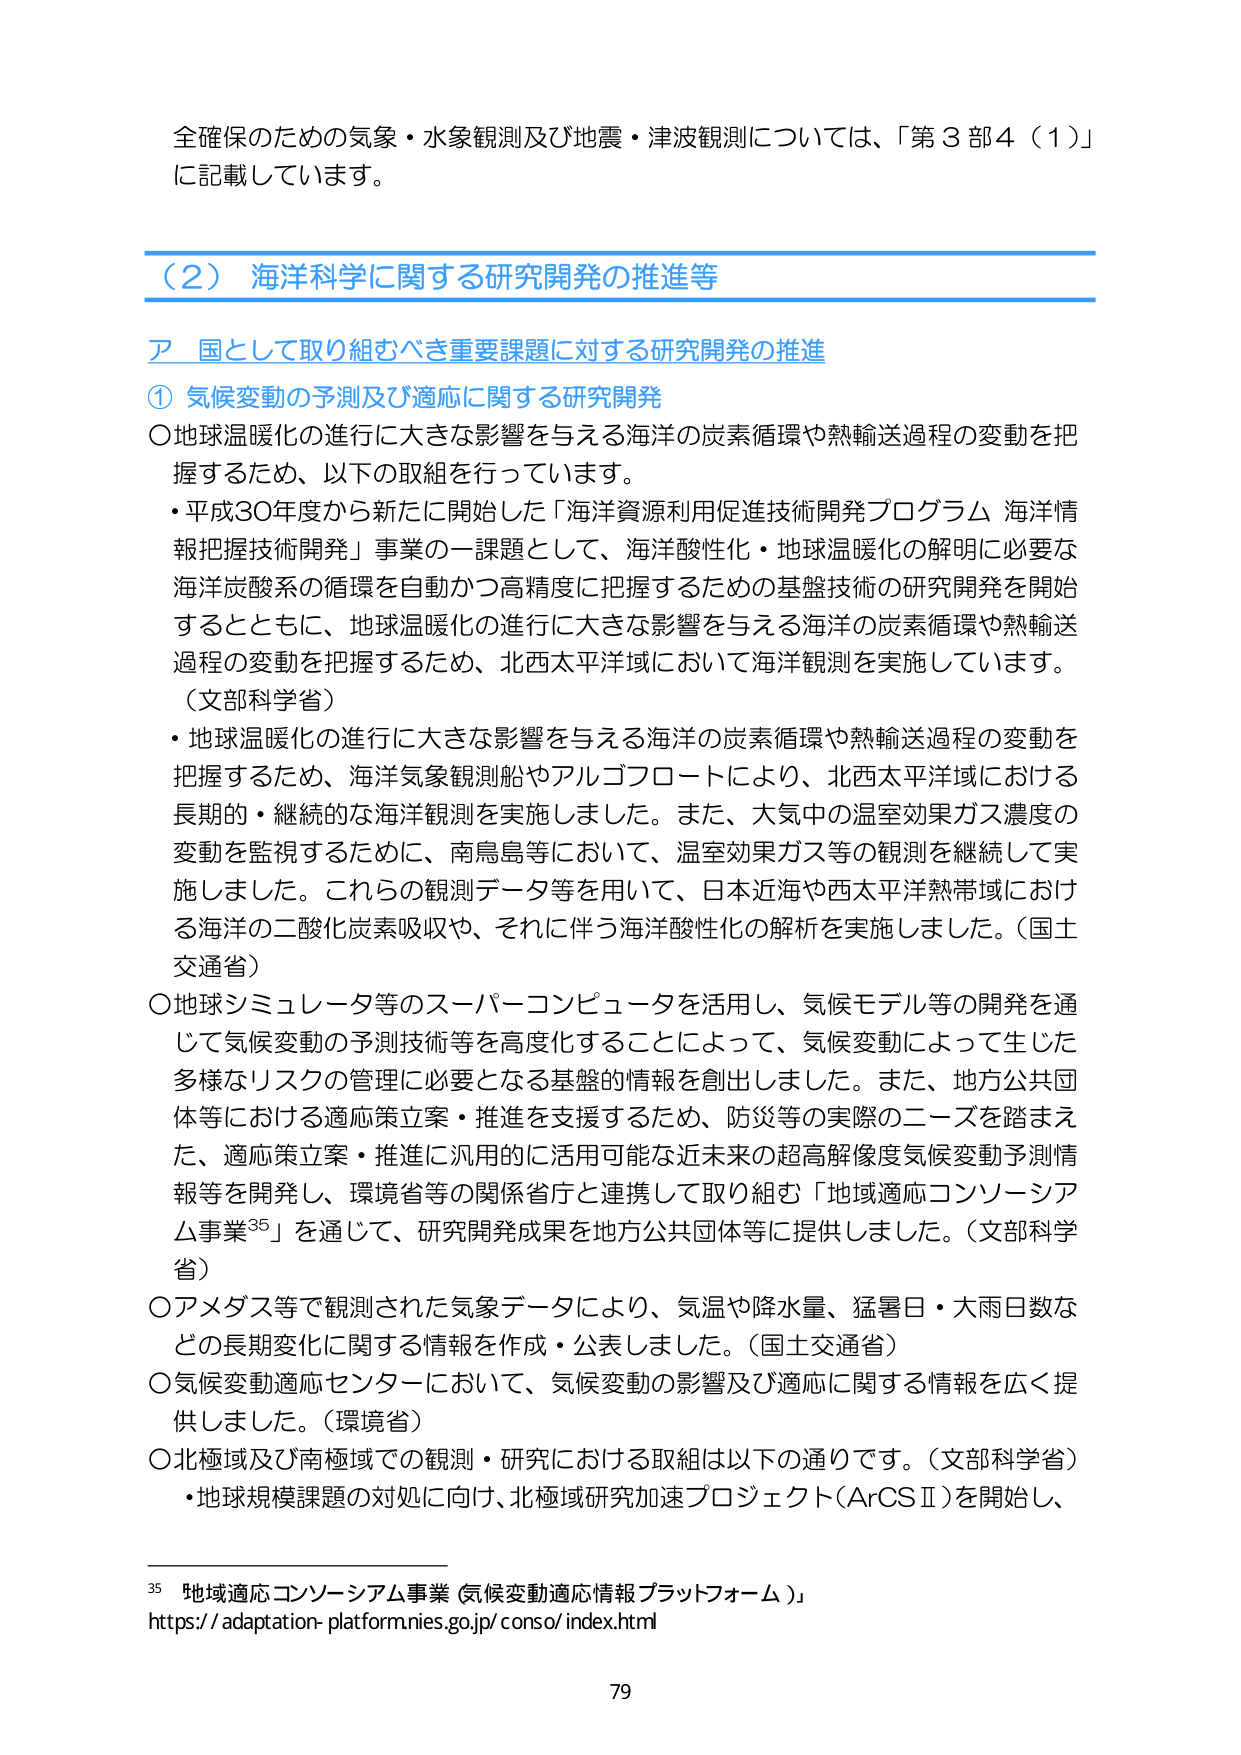
全確保のための気象・水象観測及び地震・津波観測については、「第３部４（１）」に記載しています。

（２）海洋科学に関する研究開発の推進等

ア 国として取り組むべき重要課題に対する研究開発の推進

① 気候変動の予測及び適応に関する研究開発

○地球温暖化の進行に大きな影響を与える海洋の炭素循環や熱輸送過程の変動を把握するため、以下の取組を行っています。

・平成30年度から新たに開始した「海洋資源利用促進技術開発プログラム 海洋情報把握技術開発」事業の一課題として、海洋酸性化・地球温暖化の解明に必要な海洋炭酸系の循環を自動かつ高精度に把握するための基盤技術の研究開発を開始するとともに、地球温暖化の進行に大きな影響を与える海洋の炭素循環や熱輸送過程の変動を把握するため、北西太平洋域において海洋観測を実施しています。（文部科学省）

・地球温暖化の進行に大きな影響を与える海洋の炭素循環や熱輸送過程の変動を把握するため、海洋気象観測船やアルゴフロートにより、北西太平洋域における長期的・継続的な海洋観測を実施しました。また、大気中の温室効果ガス濃度の変動を監視するために、南鳥島等において、温室効果ガス等の観測を継続して実施しました。これらの観測データ等を用いて、日本近海や西太平洋熱帯域における海洋の二酸化炭素吸収や、それに伴う海洋酸性化の解析を実施しました。（国土交通省）

○地球シミュレータ等のスーパーコンピュータを活用し、気候モデル等の開発を通じて気候変動の予測技術等を高度化することによって、気候変動によって生じた多様なリスクの管理に必要となる基盤的情報を創出しました。また、地方公共団体等における適応策立案・推進を支援するため、防災等の実際のニーズを踏まえた、適応策立案・推進に汎用的に活用可能な近未来の超高解像度気候変動予測情報等を開発し、環境省等の関係省庁と連携して取り組む「地域適応コンソーシアム事業35」を通じて、研究開発成果を地方公共団体等に提供しました。（文部科学省）

○アメダス等で観測された気象データにより、気温や降水量、猛暑日・大雨日数などの長期変化に関する情報を作成・公表しました。（国土交通省）

○気候変動適応センターにおいて、気候変動の影響及び適応に関する情報を広く提供しました。（環境省）

○北極域及び南極域での観測・研究における取組は以下の通りです。（文部科学省）

・地球規模課題の対処に向け、北極域研究加速プロジェクト（ArCSⅡ）を開始し、

35 地域適応コンソーシアム事業（気候変動適応情報プラットフォーム）
https://adaptation-platform.nies.go.jp/consor/index.html

79